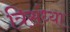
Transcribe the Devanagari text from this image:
त्रिसंध्या